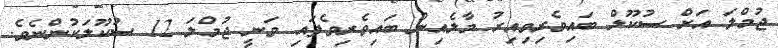
ޖުމްލަ އަށް ސުކޫލް ބައިވެރިވިއިރު މާލެއިން ބައިވެރިވެފައި ވަނީ ޖުމްލަ 12 ސުކޫލަކުންނެވެ.